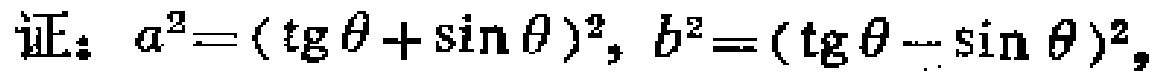
证：$a^{2}=(\operatorname{tg}\theta+\sin\theta)^{2}, b^{2}=(\operatorname{tg}\theta - \sin\theta)^{2},$